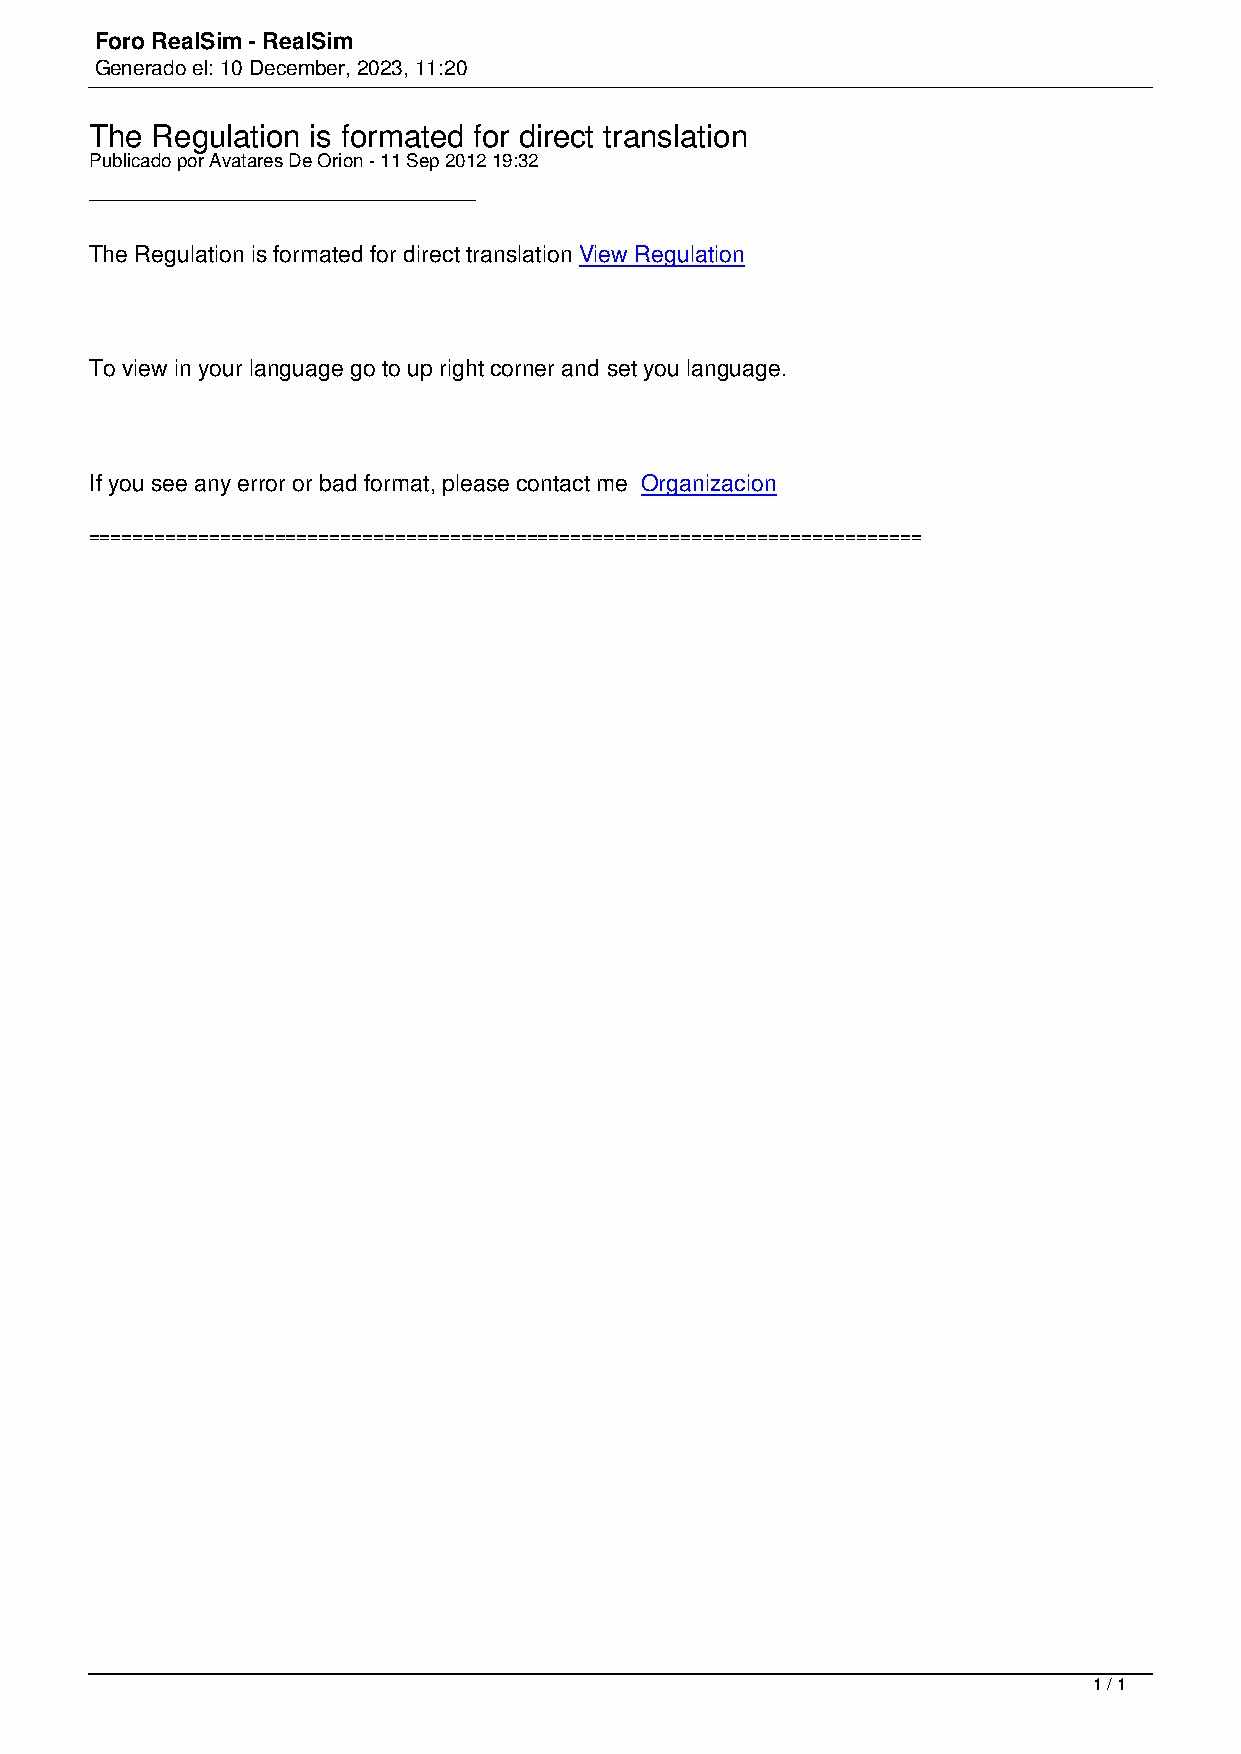
Foro RealSim - RealSim
 Generado el: 10 December, 2023, 11:20
 The Regulation is formated for direct translation
 Publicado por Avatares De Orion - 11 Sep 2012 19:32
 _____________________________________
 The Regulation is formated for direct translation View Regulation
 To view in your language go to up right corner and set you language.
 If you see any error or bad format, please contact me Organizacion
 ============================================================================
 1 / 1